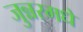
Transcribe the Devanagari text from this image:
जुन्नरमधे